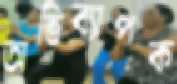
অভিব্যাপক